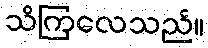
သိကြလေသည်။